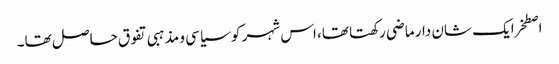
اصطخرایک شان دار ماضی رکھتا تھا، اس شہر کو سیاسی و مذہبی تفوق حاصل تھا۔